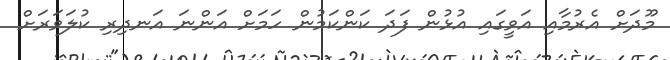
މޫދަށް އެރުމާއި އަވީގައި އުޅުން ފަދަ ކަންކަމުން ހަމަށް އަންނަ އަނދިރި ކުލަވަރަށް